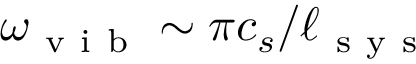
\omega _ { \mathrm { ~ v ~ i ~ b ~ } } \sim \pi { c _ { s } } / { \ell _ { \mathrm { ~ s ~ y ~ s ~ } } }